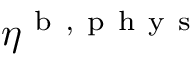
\eta ^ { \mathrm { ~ b ~ } , \mathrm { ~ p ~ h ~ y ~ s ~ } }